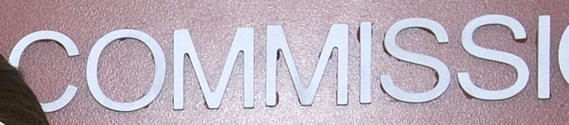
COMMISSI